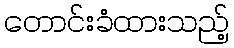
တောင်းခံထားသည့်